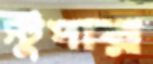
স্টুপার